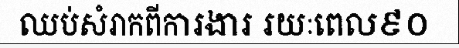
ឈប់សំរាកពីការងារ រយៈពេល៩០